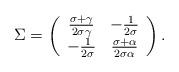
LaTeX: \begin{align*}\Sigma = \left(\begin{array}{cc}\frac{\sigma+\gamma}{2\sigma\gamma} & -\frac{1}{2\sigma} \\-\frac{1}{2\sigma} & \frac{\sigma+\alpha}{2\sigma\alpha} \\\end{array}\right).\end{align*}